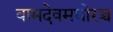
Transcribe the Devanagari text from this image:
वामदेवमघोरञ्च